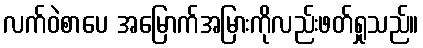
လက်ဝဲစာပေ အမြောက်အမြားကိုလည်းဖတ်ရှုသည်။